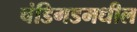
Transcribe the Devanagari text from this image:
चंडिगडमधील